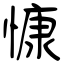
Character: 慷